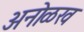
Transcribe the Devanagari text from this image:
अनोळख